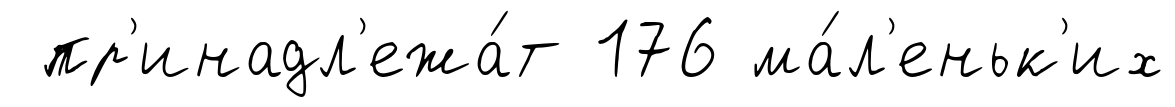
пр'инадл'ежа́т 176 ма́л'еньк'их